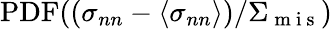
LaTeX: \mathrm{PDF}((\sigma_{nn}-\left\langle\sigma_{nn}\right\rangle)/\Sigma_{\mathrm{~m~i~s~}})